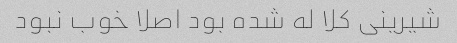
شیرینی کلا له شده بود اصلا خوب نبود